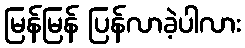
မြန်မြန် ပြန်လာခဲ့ပါလား